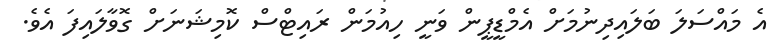
އެ މައްސަލަ ބަލައިދިނުމަށް އެމްޑީޕީން ވަނީ ހިއުމަން ރައިޓްސް ކޮމިޝަނަށް ގޮވާލައިފަ އެވެ.